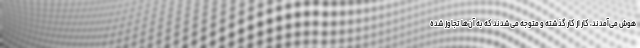
هوش می‌آمدند، کار از کار گذشته و متوجه می‌شدند که به آن‌ها تجاوز شده